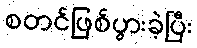
စတင်ဖြစ်ပွားခဲ့ပြီး